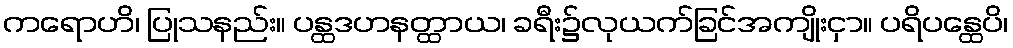
ကရောဟိ၊ ပြုသနည်း။ ပန္ထဒဟနတ္ထာယ၊ ခရီး၌လုယက်ခြင်အကျိုးငှာ။ ပရိပန္ထေပိ၊